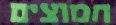
חמוצים